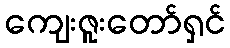
ကျေးဇူးတော်ရှင်